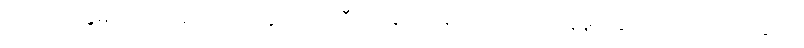
လာမယ့်နွေမှာတော့ အသင်းအတွက် အကြီးမားဆုံး ကစားသမား ခေါ်ယူမှုတွေကို လုပ်ဆောင်သွားဖို့